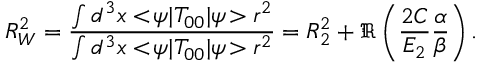
R _ { W } ^ { 2 } = { \frac { \int d ^ { 3 } x < \! \psi | T _ { 0 0 } | \psi \! > r ^ { 2 } } { \int d ^ { 3 } x < \! \psi | T _ { 0 0 } | \psi \! > r ^ { 2 } } } = R _ { 2 } ^ { 2 } + \Re \left( { \frac { 2 C } { E _ { 2 } } } { \frac { \alpha } { \beta } } \right) .